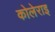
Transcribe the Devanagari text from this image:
कोलेराइ